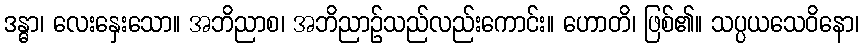
ဒန္ဓာ၊ လေးနှေးသော။ အဘိညာစ၊ အဘိညာဉ်သည်လည်းကောင်း။ ဟောတိ၊ ဖြစ်၏။ သပ္ပယသေဝိနော၊